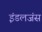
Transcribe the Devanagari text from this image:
इंडलजंस